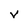
Character: V